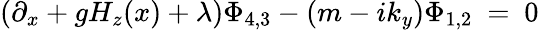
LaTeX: (\partial_{x}+gH_{z}(x)+\lambda)\Phi_{4,3}-(m-ik_{y})\Phi_{1,2}~=~0